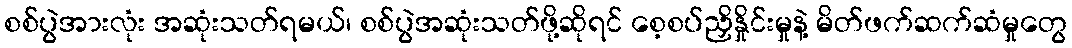
စစ်ပွဲအားလုံး အဆုံးသတ်ရမယ်၊ စစ်ပွဲအဆုံးသတ်ဖို့ဆိုရင် စေ့စပ်ညှိနှိုင်းမှုနဲ့ မိတ်ဖက်ဆက်ဆံမှုတွေ